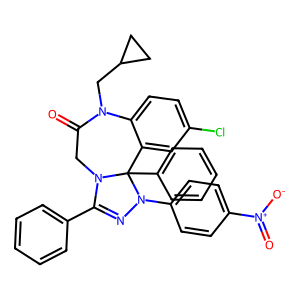
SMILES: O=C1CN2C(c3ccccc3)=NN(c3ccc([N+](=O)[O-])cc3)C2(c2ccccc2)c2cc(Cl)ccc2N1CC1CC1
Inhibits HIV replication: No